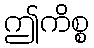
ဤကိစ္စ